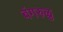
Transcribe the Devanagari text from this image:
बंगरुळु